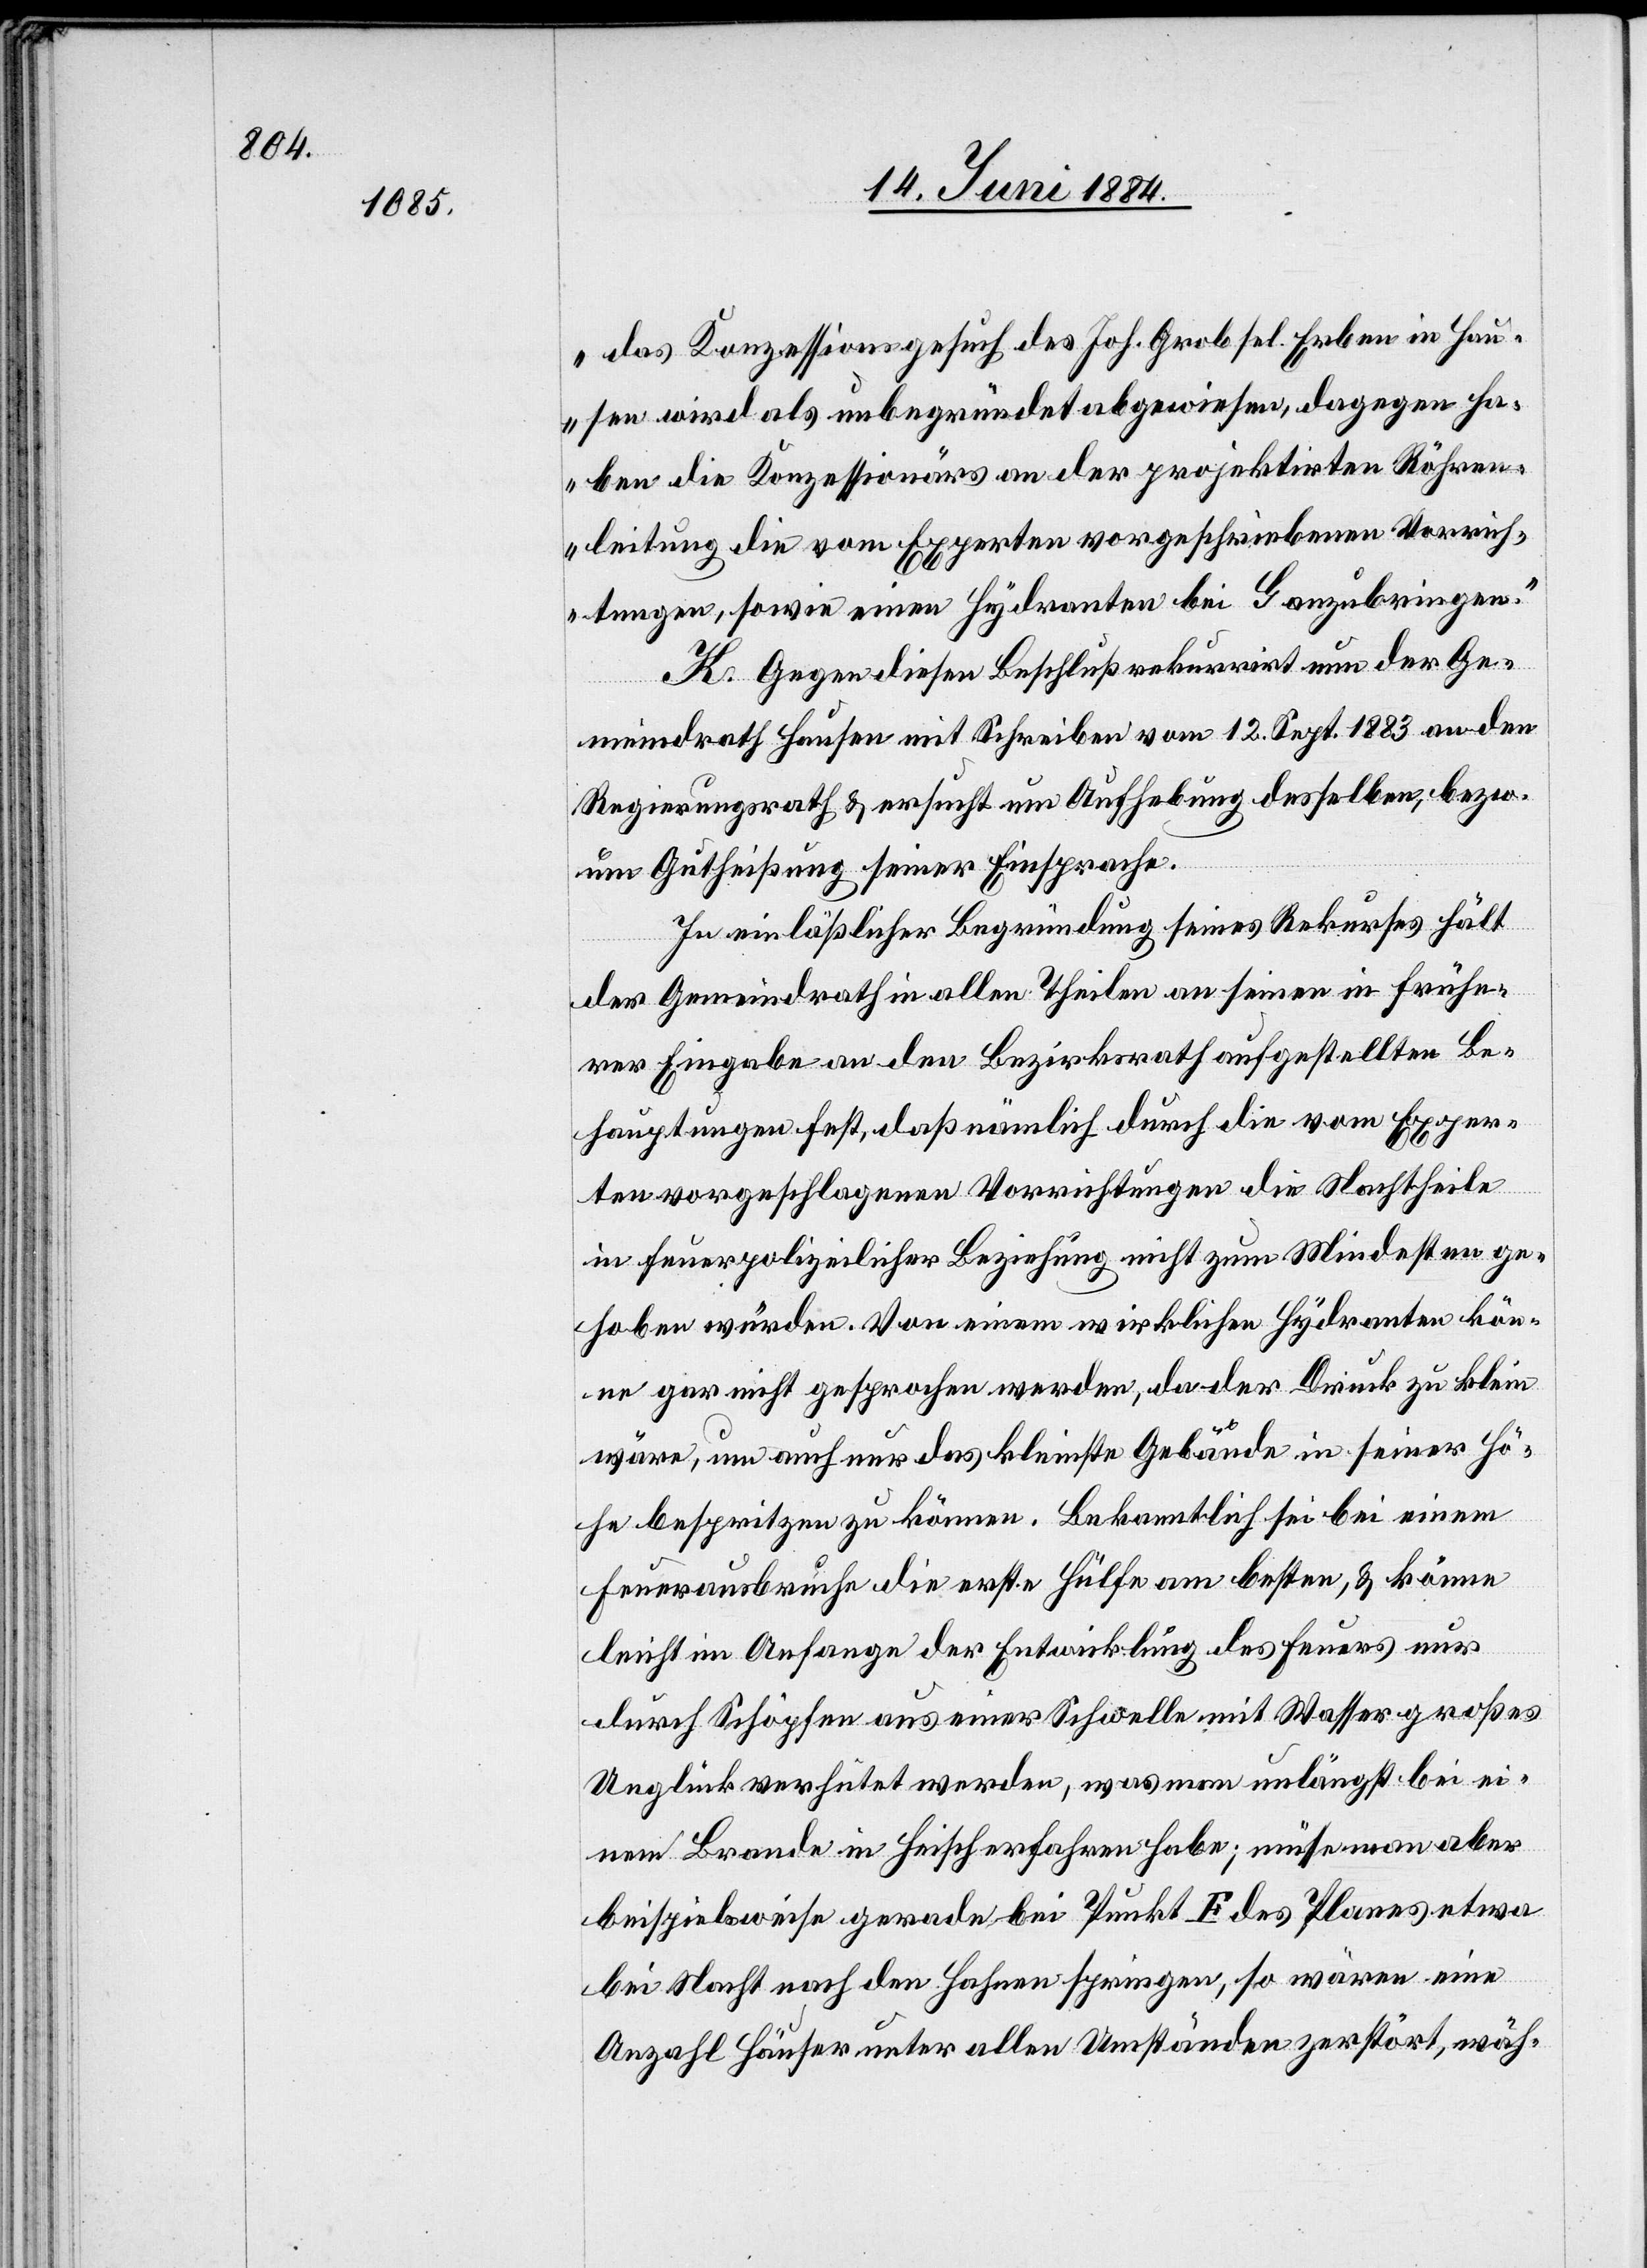
das Konzessionsgesuch des Joh. Grob sel. Erben in Hau¬
sen wird als unbegründet abgewiesen, dagegen ha¬
ben die Konzessionärs an der projektirten Röhren¬
leitung die vom Experten vorgeschriebenen Vorrich¬
tungen, sowie einen Hydranten bei G anzubringen.“
K. Gegen diesen Beschluß rekurrirt nun der Ge¬
meindrath Hausen mit Schreiben vom 12. Sept. 1883 an den
Regierungsrath & ersucht um Aufhebung desselben, bezw.
um Gutheißung seiner Einsprache.
In einläßlicher Begründung seines Rekurses hält
der Gemeindrath in allen Theilen an seinen in frühe¬
rer Eingabe an den Bezirksrath aufgestellten Be¬
hauptungen fest, daß nämlich durch die vom Exper¬
ten vorgeschlagenen Vorrichtungen die Nachtheile
in feuerpolizeilicher Beziehung nicht zum Mindesten ge¬
hoben würden. von einem wirklichen Hydranten kön¬
ne gar nicht gesprochen werden, da der Druck zu klein
wäre, um auch nur das kleinste Gebäude in seiner Hö¬
he bespritzen zu können. Bekanntlich sei bei einem
Feuerausbruche die erste Hülfe am besten, & könne
leicht im Anfange der Entwicklung des Feuers nur
durch Schöpfen aus einer Schwelle mit Wasser großes
Unglück verhütet werden, was man unlängst bei ei¬
nem Brande in Heisch erfahren habe; müsse man aber
beispielsweise gerade bei Punkt E des Planes etwa
bei Nacht nach den Hahnen springen, so wären eine
Anzahl Häuser unter allen Umständen zerstört, wäh-